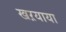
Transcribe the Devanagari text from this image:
खऱयाया